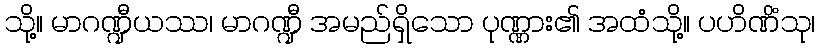
သို့။ မာဂဏ္ဍီယဿ၊ မာဂဏ္ဍီ အမည်ရှိသော ပုဏ္ဏား၏ အထံသို့။ ပဟိဏိံသု၊